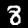
Label: 8